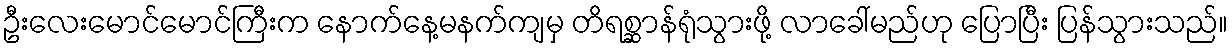
ဦးလေးမောင်မောင်ကြီးက နောက်နေ့မနက်ကျမှ တိရစ္ဆာန်ရုံသွားဖို့ လာခေါ်မည်ဟု ပြောပြီး ပြန်သွားသည်။